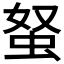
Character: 𧉭